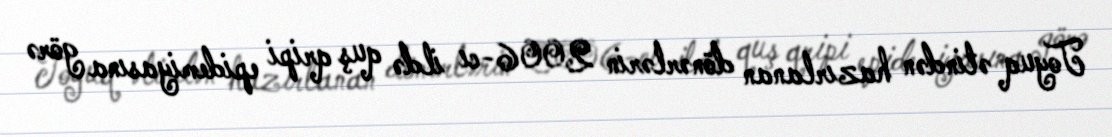
Toyuq ətindən hazırlanan dönərlərin 2006-cı ildə quş qripi epidemiyasına görə